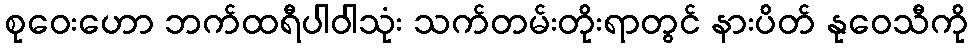
စုဝေးဟော ဘက်ထရီပါဝါသုံး သက်တမ်းတိုးရာတွင် နားပိတ် နုဝေသီကို